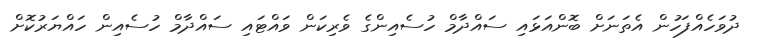
ދުވަހެއްފަހުން އެތަނަށް ބޮންއަޅައި ސައްދާމް ހުސެއިންގެ ވެރިކަން ވައްޓައި ސައްދާމް ހުސެއިން ހައްޔަރުކޮށް